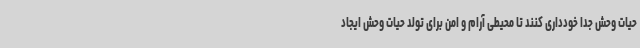
حیات وحش جدا خودداری کنند تا محیطی آرام و امن برای تولد حیات وحش ایجاد